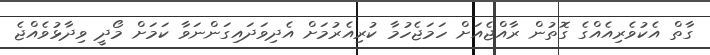
ގާތް އެކުވެރިއެއްގެ ގޮތުން ރާއްޖެއަށް ހަމަޖެހުމާ ކުރިއެރުމަށް އެދިވަދައިގަންނަވާ ކަމަށް މޯދީ ވިދާޅުވެއްޖެ